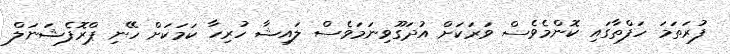
ފުރަތަމަ ހަފްތާގައި ކޮންމެވެސް ވަރަކަށް އުދަގޫވިނަމަވެސް ލައިޝާ ހުރިހާ ކަމަކަށް ހޭނި ޕްރޮފެޝަނަލް